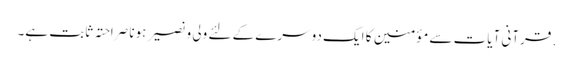
. قرآنی آیات سے مؤمنین کا ایک دوسرے کے لئے ولی و نصیر ہونا صراحتہً ثابت ہے۔